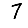
Digit: 7